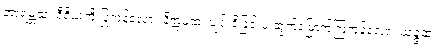
အာရမ္ဘထ၊ ဝီရိယကို ပြုကုန်လော့။ နိက္ကမထ၊ ပျင်းရိခြင်းမှ ထွက်မြောက်ကြကုန်လော့။ ယုဉ္ဇထ၊